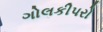
ગોલકીપરો